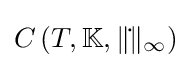
C\left(T,\mathbb {K} ,\|{\dot {}}\|_{\infty }\right)